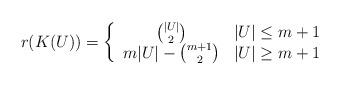
LaTeX: \begin{align*} r(K(U))=\left\{ \begin{array}{cc} {|U|\choose 2} & |U|\leq m+1\\ m|U|-{m+1\choose 2}& |U|\geq m+1 \end{array} \right. \end{align*}